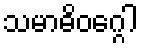
သမာဓိဝဂ္ဂေါ